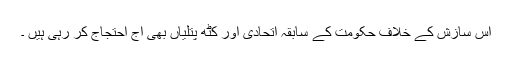
اس سازش کے خلاف حکومت کے سابقہ اتحادی اور کٹھ پتلیاں بھی آج احتجاج کر رہی ہیں ۔